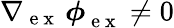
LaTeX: \nabla{}_{\mathrm{~e~x~}}\, \boldsymbol\phi{}_{\mathrm{~e~x~}}^{}\neq 0